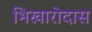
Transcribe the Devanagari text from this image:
भिखारोदास